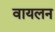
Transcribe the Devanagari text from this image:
वायलन